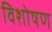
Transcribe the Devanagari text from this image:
विशोषण